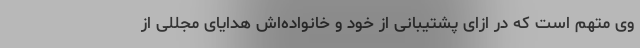
وی متهم است که در ازای پشتیبانی از خود و خانواده‌اش هدایای مجللی از